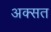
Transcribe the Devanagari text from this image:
अक्सत